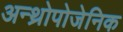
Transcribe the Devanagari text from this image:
अन्थ्रोपोजेनिक